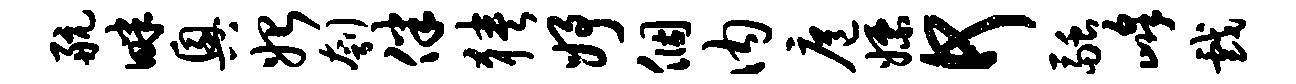
航畔兴始刳伴狭妤个内扈嫖何融峰戏